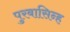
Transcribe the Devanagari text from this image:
पुरबासिन्ह